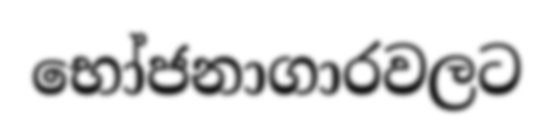
භෝජනාගාරවලට